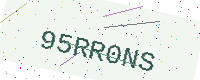
Text: 95RR0NS